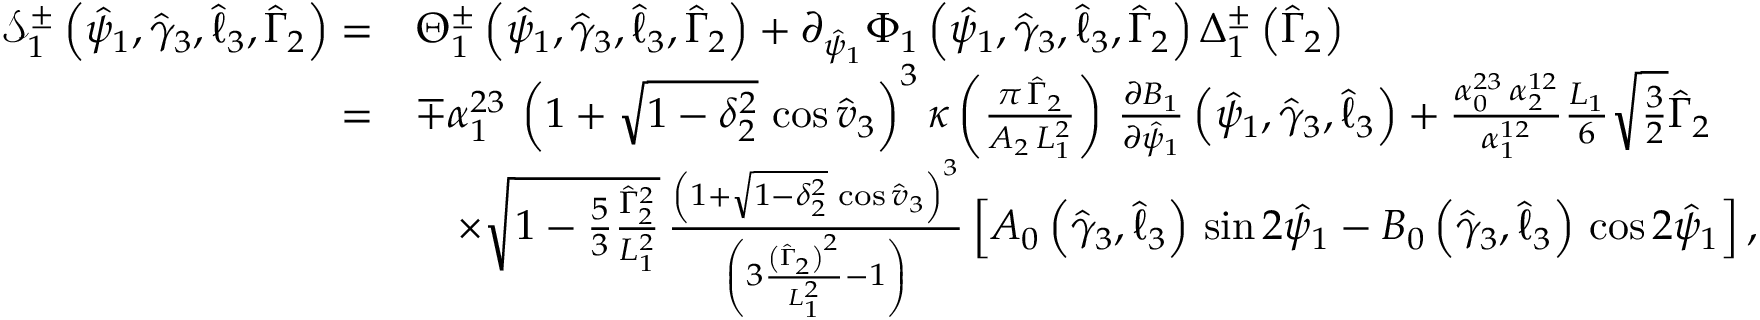
\begin{array} { r l } { \mathcal { S } _ { 1 } ^ { \pm } \left( \hat { \psi } _ { 1 } , \hat { \gamma } _ { 3 } , \hat { \ell } _ { 3 } , \hat { \Gamma } _ { 2 } \right) = } & { \Theta _ { 1 } ^ { \pm } \left( \hat { \psi } _ { 1 } , \hat { \gamma } _ { 3 } , \hat { \ell } _ { 3 } , \hat { \Gamma } _ { 2 } \right) + \partial _ { \hat { \psi } _ { 1 } } \Phi _ { 1 } \left( \hat { \psi } _ { 1 } , \hat { \gamma } _ { 3 } , \hat { \ell } _ { 3 } , \hat { \Gamma } _ { 2 } \right) \Delta _ { 1 } ^ { \pm } \left( \hat { \Gamma } _ { 2 } \right) } \\ { = } & { \mp \alpha _ { 1 } ^ { 2 3 } \, \left( 1 + \sqrt { 1 - \delta _ { 2 } ^ { 2 } } \, \cos \hat { v } _ { 3 } \right) ^ { 3 } \kappa \left( \frac { \pi \, \hat { \Gamma } _ { 2 } } { A _ { 2 } \, L _ { 1 } ^ { 2 } } \right) \, \frac { \partial B _ { 1 } } { \partial \hat { \psi } _ { 1 } } \left( \hat { \psi } _ { 1 } , \hat { \gamma } _ { 3 } , \hat { \ell } _ { 3 } \right) + \frac { \alpha _ { 0 } ^ { 2 3 } \, \alpha _ { 2 } ^ { 1 2 } } { \alpha _ { 1 } ^ { 1 2 } } \frac { L _ { 1 } } { 6 } \sqrt { \frac { 3 } { 2 } } \hat { \Gamma } _ { 2 } } \\ & { \quad \times \sqrt { 1 - \frac { 5 } { 3 } \frac { \hat { \Gamma } _ { 2 } ^ { 2 } } { L _ { 1 } ^ { 2 } } } \, \frac { \left( 1 + \sqrt { 1 - \delta _ { 2 } ^ { 2 } } \, \cos \hat { v } _ { 3 } \right) ^ { 3 } } { \left( 3 \frac { \left( \hat { \Gamma } _ { 2 } \right) ^ { 2 } } { L _ { 1 } ^ { 2 } } - 1 \right) } \left[ A _ { 0 } \left( \hat { \gamma } _ { 3 } , \hat { \ell } _ { 3 } \right) \, \sin 2 \hat { \psi } _ { 1 } - B _ { 0 } \left( \hat { \gamma } _ { 3 } , \hat { \ell } _ { 3 } \right) \, \cos 2 \hat { \psi } _ { 1 } \right] , } \end{array}